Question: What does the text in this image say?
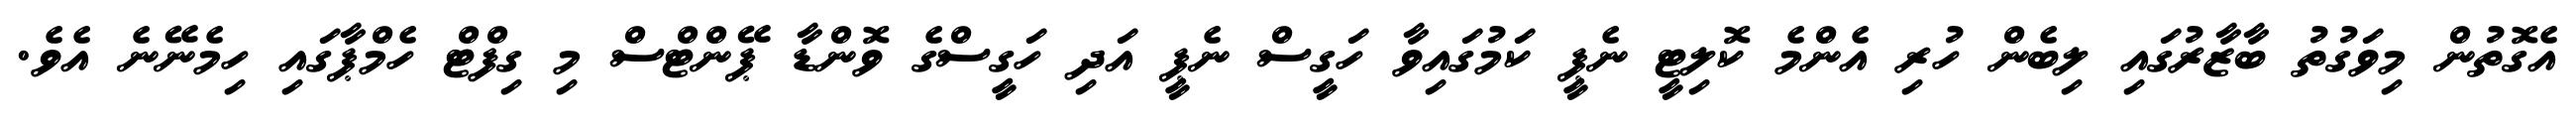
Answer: އެގޮތުން މިވަގުތު ބާޒާރުގައި ލިބެން ހުރި އެންމެ ކޮލިޓީ ނެޕީ ކަމުގައިވާ ހަގީސް ނެޕީ އަދި ހަގީސްގެ ވޮންޑާ ޕޭންޓްސް މި ގިފްޓް ހެމްޕާގައި ހިމެނޭނެ އެވެ.